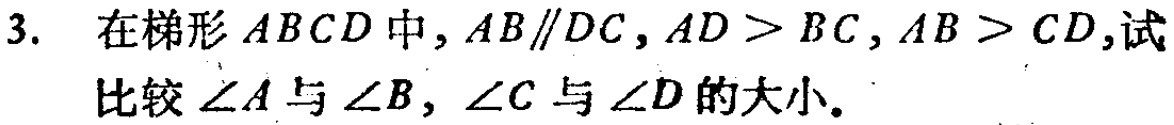
3. 在梯形 \(ABCD\) 中，\(AB\parallel DC\)，\(AD > BC\)，\(AB > CD\)，试比较 \(\angle A\) 与 \(\angle B\)，\(\angle C\) 与 \(\angle D\) 的大小。